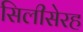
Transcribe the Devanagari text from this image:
सिलीसेरह